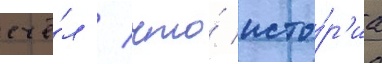
счё́л / что́ исто́р'иа